Indian journal of veterinary science and animal husbandry - Volumes 15-17, 1948-1951
Year: 1948
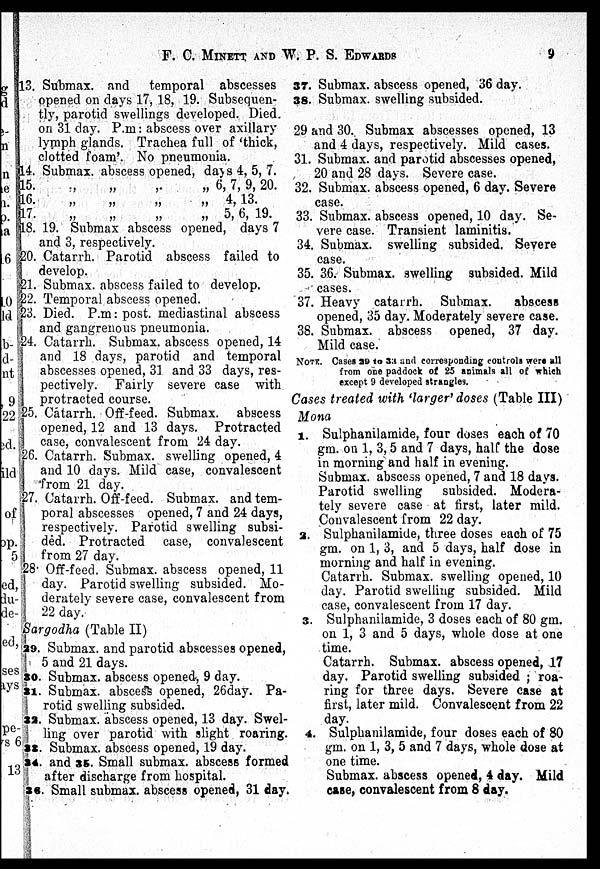
F. C. MINETT AND W. P. S.
EDWARDS
9
13. Submax. and temporal abscesses
opened on days 17, 18, 19. Subsequen-
tly, parotid swellings developed. Died.
on 31 day. P.m: abscess over axillary
lymph glands. Trachea full of 'thick,
clotted foam'. No pneumonia.
14. Submax. abscess opened, days 4, 5, 7.
15.
„
„
„
„ 6, 7, 9, 20.
16.
„
„
„
„
4, 13.
17.
„
„
„
„ 5, 6, 19.
18. 19. Submax abscess opened, days 7
and 3, respectively.
20. Catarrh. Parotid abscess failed to
develop.
21. Submax. abscess failed to develop.
22. Temporal abscess opened.
23. Died. P.m: post. mediastinal abscess
and gangrenous pneumonia.
24. Catarrh. Submax. abscess opened, 14
and 18 days, parotid and temporal
abscesses opened, 31 and 33 days, res-
pectively. Fairly severe case with
protracted course.
25. Catarrh. Off-feed. Submax. abscess
opened, 12 and 13 days. Protracted
case, convalescent from 24 day.
26. Catarrh. Submax. swelling opened, 4
and 10 days. Mild case, convalescent
from 21 day.
27. Catarrh. Off-feed. Submax. and tem-
poral abscesses opened, 7 and 24 days,
respectively. Parotid swelling subsi-
ded. Protracted case, convalescent
from 27 day.
28. Off-feed. Submax. abscess opened, 11
day. Parotid swelling subsided. Mo-
derately severe case, convalescent from
22 day.
Sargodha (Table II)
29. Submax. and parotid abscesses opened,
5 and 21 days.
30. Submax. abscess opened, 9 day.
31. Submax. abscess opened, 26day. Pa-
rotid swelling subsided.
32. Submax. abscess opened, 13 day. Swel-
ling over parotid with slight roaring.
33. Submax. abscess opened, 19 day.
34. and 35. Small submax. abscess formed
after discharge from hospital.
36. Small submax. abscess opened, 31 day.
37. Submax. abscess opened, 36 day.
38. Submax. swelling subsided.
29 and 30. Submax abscesses opened, 13
and 4 days, respectively. Mild cases.
31. Submax. and parotid abscesses opened,
20 and 28 days. Severe case.
32. Submax. abscess opened, 6 day. Severe
case.
33. Submax. abscess opened, 10 day. Se-
vere case. Transient laminitis.
34. Submax. swelling subsided. Severe
case.
35. 36. Submax. swelling subsided. Mild
cases.
37. Heavy catarrh. Submax.
abscess
opened, 35 day. Moderately severe case.
38. Submax. abscess opened, 37 day.
Mild case.
NOTE. Cases 29 to 33 and corresponding controls were all
from one paddock of 25 animals all of which
except 9 developed strangles.
Cases treated with 'larger' doses (Table III)
Mona
1. Sulphanilamide, four doses each of 70
gm. on 1, 3, 5 and 7 days, half the dose
in morning and half in evening.
Submax. abscess opened, 7 and 18 days.
Parotid swelling subsided. Modera-
tely severe case at first, later mild.
Convalescent from 22 day.
2. Sulphanilamide, three doses each of 75
gm. on 1, 3, and 5 days, half dose in
morning and half in evening.
Catarrh. Submax. swelling opened, 10
day. Parotid swelling subsided. Mild
case, convalescent from 17 day.
3. Sulphanilamide, 3 doses each of 80 gm.
on 1, 3 and 5 days, whole dose at one
time.
Catarrh. Submax. abscess opened, 17
day. Parotid swelling subsided; roa-
ring for three days. Severe case at
first, later mild. Convalescent from 22
day.
4. Sulphanilamide, four doses each of 80
gm. on 1, 3, 5 and 7 days, whole dose at
one time.
Submax. abscess opened, 4 day. Mild
case, convalescent from 8 day.